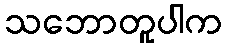
သဘောတူပါက